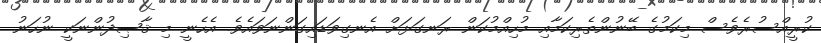
ކުރީއްސުރެވެސް މިކަމުގެ ބޭނުންތެރިކަމާއި މުހިއްމުކަން ރަނގަޅަށް އެނގިވަޑައިގަންނަވައެވެ. އެހެނީ މި ޤާޞިދުންނަކީ ނުހަނު